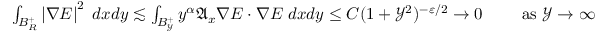
\begin{array} { r } { \int _ { B _ { R } ^ { + } } \left| \nabla E \right| ^ { 2 } \; d x d y \lesssim \int _ { B _ { \mathcal { Y } } ^ { + } } y ^ { \alpha } \mathfrak { A } _ { x } \nabla E \cdot \nabla E \; d x d y \leq C ( 1 + \mathcal { Y } ^ { 2 } ) ^ { - \varepsilon / 2 } \rightarrow 0 \qquad \mathrm { ~ a s ~ } \mathcal { Y } \rightarrow \infty } \end{array}